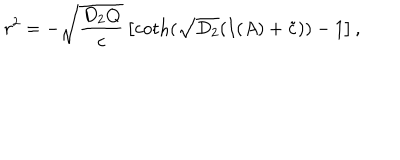
r ^ { 2 } = - \sqrt { \frac { D _ { 2 } Q } { c } } \left[ \coth ( \sqrt { D _ { 2 } } ( I ( A ) + \tilde { c } ) ) - 1 \right] ,